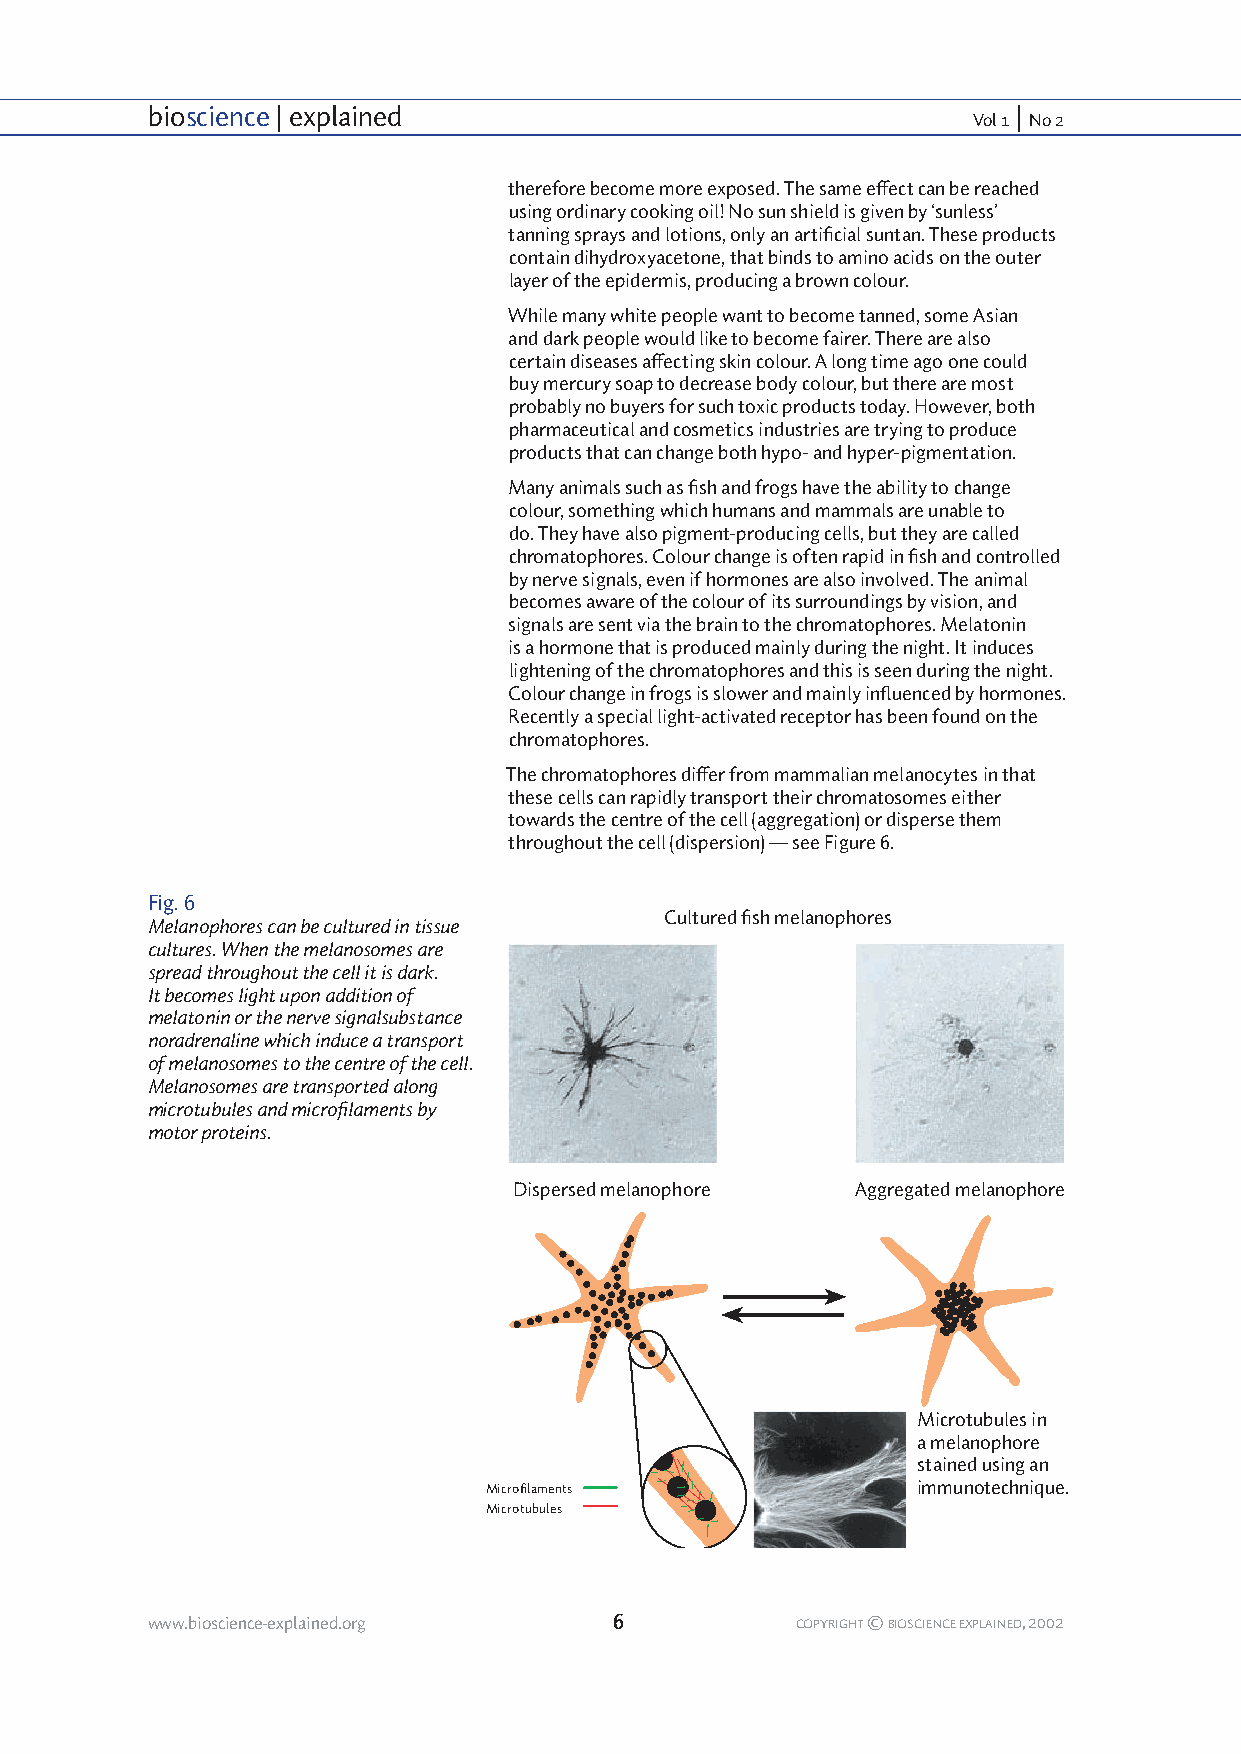
bioscience | explained                                   |
 Vol 1 No 2
 therefore become more exposed. The same effect can be reached
 using ordinary cooking oil! No sun shield is given by ‘sunless’
 tanning sprays and lotions, only an artificial suntan. These products
 contain dihydroxyacetone, that binds to amino acids on the outer
 layer of the epidermis, producing a brown colour.
 While many white people want to become tanned, some Asian
 and dark people would like to become fairer. There are also
 certain diseases affecting skin colour. A long time ago one could
 buy mercury soap to decrease body colour, but there are most
 probably no buyers for such toxic products today. However, both
 pharmaceutical and cosmetics industries are trying to produce
 products that can change both hypo- and hyper-pigmentation.
 Many animals such as fish and frogs have the ability to change
 colour, something which humans and mammals are unable to
 do. They have also pigment-producing cells, but they are called
 chromatophores. Colour change is often rapid in fish and controlled
 by nerve signals, even if hormones are also involved. The animal
 becomes aware of the colour of its surroundings by vision, and
 signals are sent via the brain to the chromatophores. Melatonin
 is a hormone that is produced mainly during the night. It induces
 lightening of the chromatophores and this is seen during the night.
 Colour change in frogs is slower and mainly influenced by hormones.
 Recently a special light-activated receptor has been found on the
 chromatophores.
 The chromatophores differ from mammalian melanocytes in that
 these cells can rapidly transport their chromatosomes either
 towards the centre of the cell (aggregation) or disperse them
 throughout the cell (dispersion) — see Figure 6.
 Fig. 6
 Cultured fish melanophores
 Melanophores can be cultured in tissue
 cultures. When the melanosomes are
 spread throughout the cell it is dark.
 It becomes light upon addition of
 melatonin or the nerve signalsubstance
 noradrenaline which induce a transport
 of melanosomes to the centre of the cell.
 Melanosomes are transported along
 microtubules and microfilaments by
 motor proteins.
 Dispersed melanophore  Aggregated melanophore
 Microtubules in
 a melanophore
 stained using an
 Microfilaments               immunotechnique.
 Microtubules
 www.bioscience-explained.org   6           COPYRIGHT © BIOSCIENCE EXPLAINED, 2002